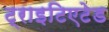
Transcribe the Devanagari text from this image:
ट्राइटिएटेड